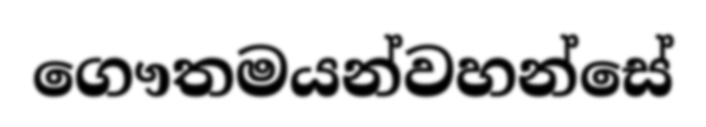
ගෞතමයන්වහන්සේ